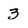
Character: 3